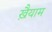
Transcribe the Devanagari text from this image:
ख़ैयाम